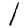
Digit: 1